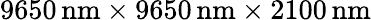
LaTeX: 9650\, \mathrm{nm\times 9650\, \mathrm{nm\times 2100\, \mathrm{nm}}}